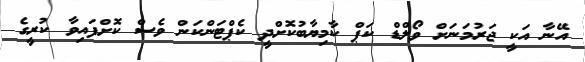
އޭނާ އަކީ ޖަރުމަނަށް ވޯލްޑް ކަޕް ކާމިޔާބުކޮށްދީ ކެޕްޓަންކަން ވެސް ކޮށްފައިވާ ކުރީގެ